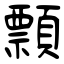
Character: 顠